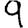
Digit: 9